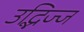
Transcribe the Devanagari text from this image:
उद्भिज्ज